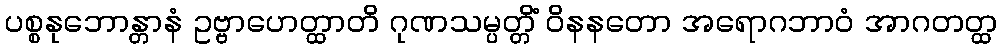
ပစ္စနုဘောန္တာနံ ဥဗ္ဗာဟေတ္ထာတိ ဂုဏသမ္ပတ္တိံ ဝိနနတော အရောဂဘာဝံ အာဂတတ္ထ